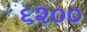
૬૨૦૦